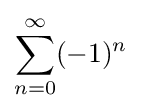
\sum _{n=0}^{\infty }(-1)^{n}